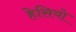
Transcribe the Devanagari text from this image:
हेसियो